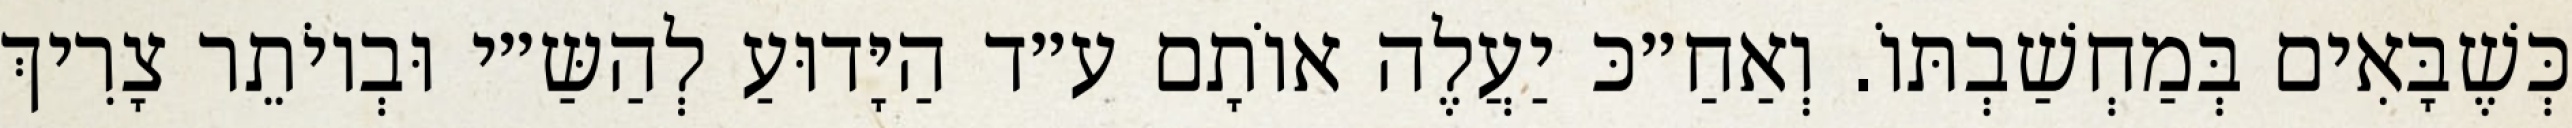
כְּשֶׁבָּאִים בְּמַחְשַׁבְתּוֹ. וְאַחַ״כּ יַעֲלֶה אוֹתָם ע״ד הַיָּדוּעַ לְהַשַּ״י וּבְיוֹתֵר צָרִיךְ